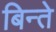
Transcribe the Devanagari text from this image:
बिन्ते